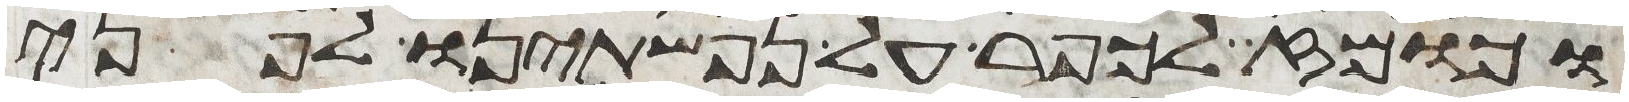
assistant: וכומז לכפר על נפשתינו לפני